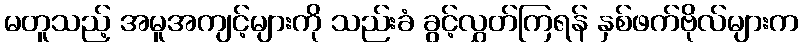
မတူသည့် အမူအကျင့်များကို သည်းခံ ခွင့်လွှတ်ကြရန် နှစ်ဖက်ဗိုလ်များက